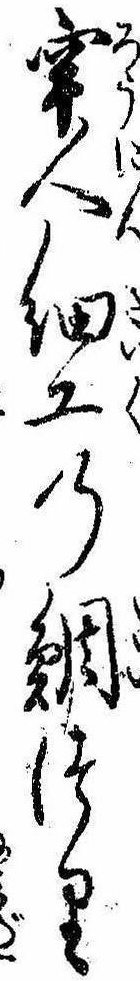
牢人細工の鯛つり